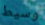
وسيط